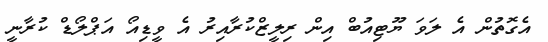
އެގޮތުން އެ ލަވަ ޔޫޓިއުބް އިން ރިލީޒްކުރާއިރު އެ ވީޑިއޯ އަޕްލޯޑް ކުރާނީ